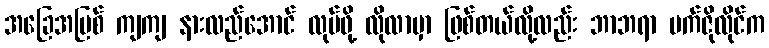
အခြေအမြစ် ကျကျ နားလည်အောင် လုပ်ဖို့ လိုလာမှာ ဖြစ်တယ်လို့လည်း ဘာဘရာ မက်ဇိုလိုင်က